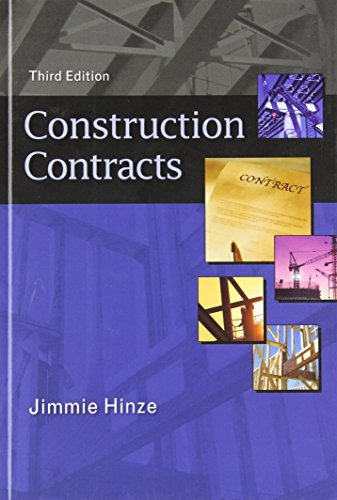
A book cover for Construction Contracts; Jimmie Hinze; Law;